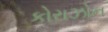
કોરાઝોન